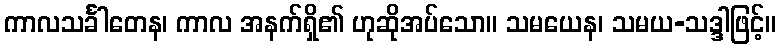
ကာလသင်္ခါတေန၊ ကာလ အနက်ရှိ၏ ဟုဆိုအပ်သော။ သမယေန၊ သမယ-သဒ္ဒါဖြင့်။